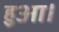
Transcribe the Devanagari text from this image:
हुअा।